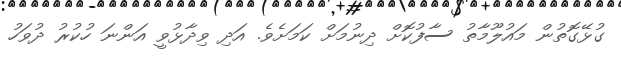
ގުޅޭގޮތުން މައުލޫމާތު ސާފުކޮށް ދިނުމަށް ކަމަށެވެ. އަދި ވިދާޅުވީ އަންނަ ހުކުރު ދުވަހު